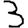
Digit: 3